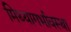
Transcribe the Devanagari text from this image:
मिथ्यागर्भावस्था